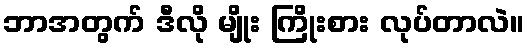
ဘာအတွက် ဒီလို မျိုး ကြိုးစား လုပ်တာလဲ။